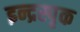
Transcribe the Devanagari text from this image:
इन्द्रस्पृक